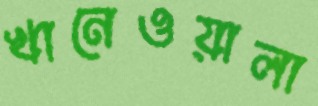
খানেওয়ালা